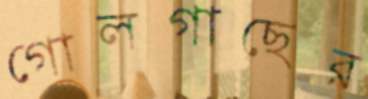
গোলগাছের